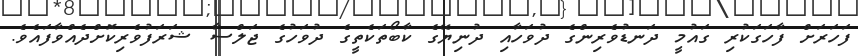
ފަހަރަށް ފާހަގަކުރި ގައުމީ ދަނޑުވެރިންގެ ދުވަހާއި ދުނިޔޭގެ ކާބޯތަކެތީގެ ދުވަހުގެ ޖަލްސާ ޝަރަފުވެރިކޮށްދެއްވާފައެވެ.